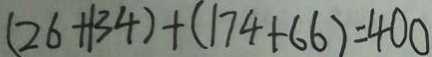
( 2 6 + 1 3 4 ) + ( 1 7 4 + 6 6 ) = 4 0 0